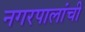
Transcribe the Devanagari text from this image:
नगरपालांची